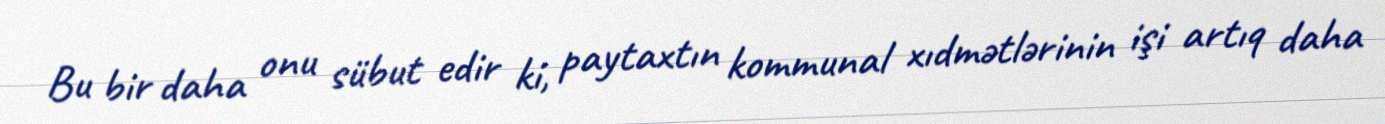
Bu bir daha onu sübut edir ki, paytaxtın kommunal xıdmətlərinin işi artıq daha